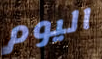
اليوم